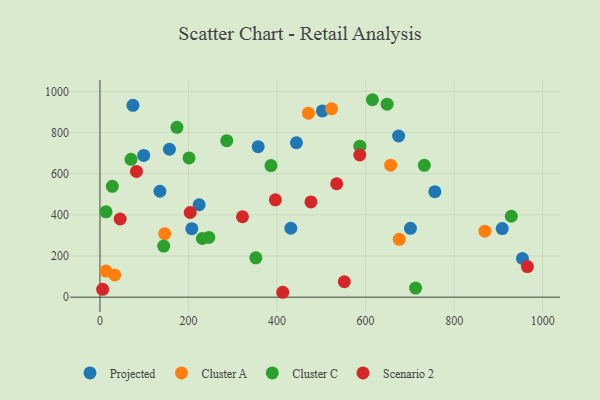
{"axis": {"x": "Ad Spend", "y": "Salary"}, "legend": ["Cluster A", "Cluster C", "Projected", "Scenario 2"], "data": [{"x": "502.4", "y": 904.7, "type": "Projected"}, {"x": "156.9", "y": 718.8, "type": "Projected"}, {"x": "954.3", "y": 187.8, "type": "Projected"}, {"x": "135.4", "y": 514.6, "type": "Projected"}, {"x": "674.5", "y": 783.1, "type": "Projected"}, {"x": "908.6", "y": 333.5, "type": "Projected"}, {"x": "443.8", "y": 750.3, "type": "Projected"}, {"x": "756.4", "y": 512.4, "type": "Projected"}, {"x": "207.5", "y": 332.7, "type": "Projected"}, {"x": "224.0", "y": 449.0, "type": "Projected"}, {"x": "357.3", "y": 731.2, "type": "Projected"}, {"x": "701.3", "y": 334.3, "type": "Projected"}, {"x": "74.5", "y": 931.9, "type": "Projected"}, {"x": "98.8", "y": 688.8, "type": "Projected"}, {"x": "431.1", "y": 334.8, "type": "Projected"}, {"x": "675.9", "y": 281.2, "type": "Cluster A"}, {"x": "523.2", "y": 915.1, "type": "Cluster A"}, {"x": "869.4", "y": 320.8, "type": "Cluster A"}, {"x": "33.3", "y": 108.0, "type": "Cluster A"}, {"x": "13.6", "y": 126.7, "type": "Cluster A"}, {"x": "470.9", "y": 894.0, "type": "Cluster A"}, {"x": "146.2", "y": 308.6, "type": "Cluster A"}, {"x": "656.6", "y": 641.3, "type": "Cluster A"}, {"x": "27.9", "y": 538.6, "type": "Cluster C"}, {"x": "231.2", "y": 285.0, "type": "Cluster C"}, {"x": "245.9", "y": 290.1, "type": "Cluster C"}, {"x": "929.1", "y": 393.1, "type": "Cluster C"}, {"x": "201.2", "y": 676.6, "type": "Cluster C"}, {"x": "286.4", "y": 760.5, "type": "Cluster C"}, {"x": "712.9", "y": 44.3, "type": "Cluster C"}, {"x": "615.4", "y": 959.3, "type": "Cluster C"}, {"x": "386.2", "y": 639.2, "type": "Cluster C"}, {"x": "352.1", "y": 191.2, "type": "Cluster C"}, {"x": "648.6", "y": 937.7, "type": "Cluster C"}, {"x": "587.1", "y": 733.8, "type": "Cluster C"}, {"x": "13.6", "y": 414.9, "type": "Cluster C"}, {"x": "143.9", "y": 248.4, "type": "Cluster C"}, {"x": "70.1", "y": 669.5, "type": "Cluster C"}, {"x": "173.8", "y": 825.0, "type": "Cluster C"}, {"x": "732.6", "y": 640.6, "type": "Cluster C"}, {"x": "45.6", "y": 379.8, "type": "Scenario 2"}, {"x": "82.5", "y": 611.1, "type": "Scenario 2"}, {"x": "321.9", "y": 390.8, "type": "Scenario 2"}, {"x": "476.5", "y": 462.8, "type": "Scenario 2"}, {"x": "203.8", "y": 411.5, "type": "Scenario 2"}, {"x": "6.0", "y": 38.1, "type": "Scenario 2"}, {"x": "586.8", "y": 690.8, "type": "Scenario 2"}, {"x": "396.2", "y": 472.9, "type": "Scenario 2"}, {"x": "551.9", "y": 74.9, "type": "Scenario 2"}, {"x": "965.4", "y": 148.8, "type": "Scenario 2"}, {"x": "534.7", "y": 551.1, "type": "Scenario 2"}, {"x": "412.8", "y": 23.8, "type": "Scenario 2"}]}